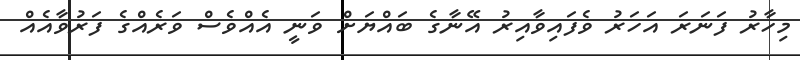
މިހާރު ފަނަރަ އަހަރު ވެފައިވާއިރު އޭނާގެ ބައްޔަށް ވަނީ އެއްވެސް ވަރެއްގެ ފަރުވާއެއް